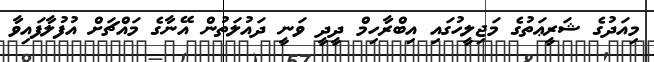
މިއަދުގެ ޝަރީޢަތުގެ މަޖިލީހުގައި އިބްރާހިމް ދީދީ ވަނީ ދައުލަތުން އޭނާގެ މައްޗަށް އުުފުލާފައިވާ